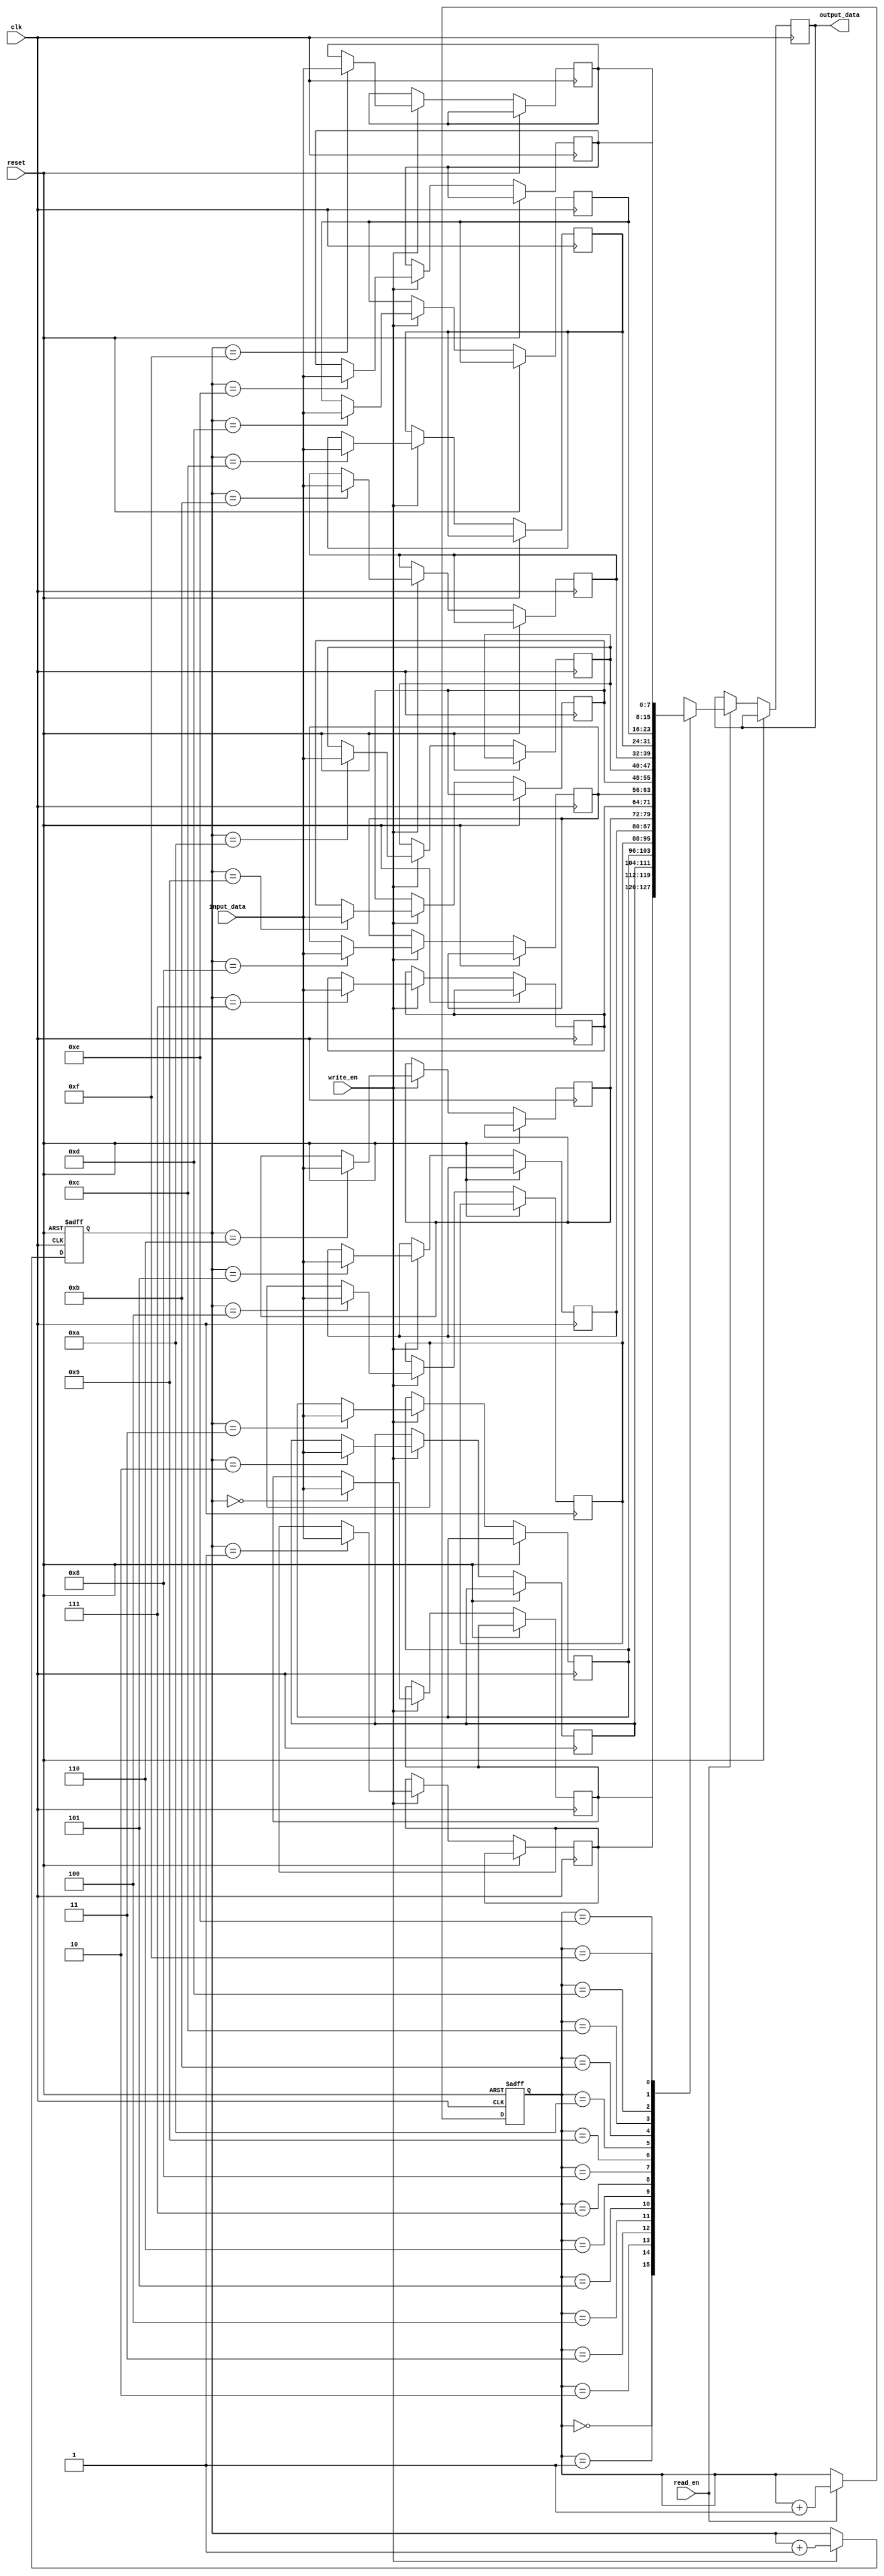
module dual_port_fifo (
    input clk,
    input reset,
    input [7:0] input_data,
    input write_en,
    input read_en,
    output reg [7:0] output_data
);

reg [7:0] fifo_buffer [0:15];
reg [3:0] write_ptr = 0;
reg [3:0] read_ptr = 0;

always @(posedge clk or posedge reset) begin
    if (reset) begin
        write_ptr <= 0;
        read_ptr <= 0;
    end else begin
        if (write_en) begin
            fifo_buffer[write_ptr] <= input_data;
            write_ptr <= write_ptr + 1;
        end
        if (read_en) begin
            output_data <= fifo_buffer[read_ptr];
            read_ptr <= read_ptr + 1;
        end
    end
end

endmodule